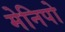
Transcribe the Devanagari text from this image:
मेनिपो